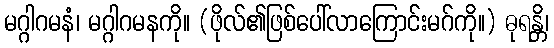
မဂ္ဂါဂမနံ၊ မဂ္ဂါဂမနကို။ (ဖိုလ်၏ဖြစ်ပေါ်လာကြောင်းမဂ်ကို။) ဓုရန္တိ၊